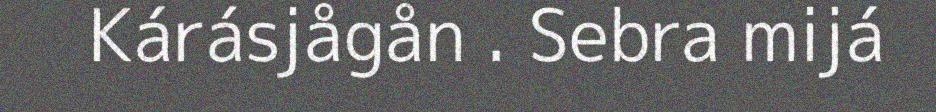
Kárásjågån . Sebra mijá